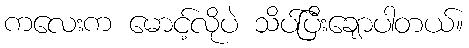
ကလေးက မောင့်လိုပဲ သိပ်ပြီးချောပါတယ်။